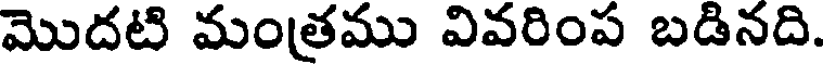
మొదటి మంత్రము వివరింప బడినది.